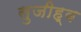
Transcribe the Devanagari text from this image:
सुजीह्व